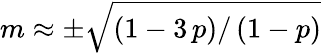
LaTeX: m\approx\pm\sqrt{\left(1-3\, p\right)/\left(1-p\right)}